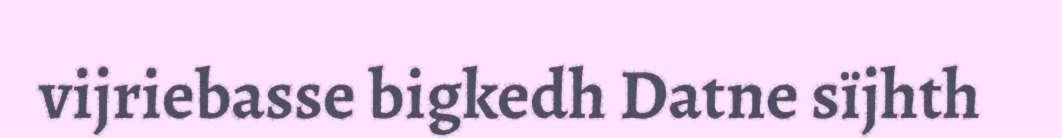
vijriebasse bigkedh Datne sïjhth